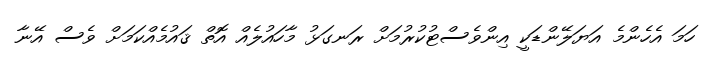
ހަމަ އެހެންމެ އަޔަލޭންޑަކީ އިންވެސްޓުކުރުމަށް ރަނގަޅު މާހައުލެއް އޮތް ޤައުމެއްކަމަށް ވެސް އޭނާ